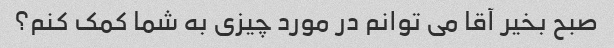
صبح بخیر آقا می توانم در مورد چیزی به شما کمک کنم؟